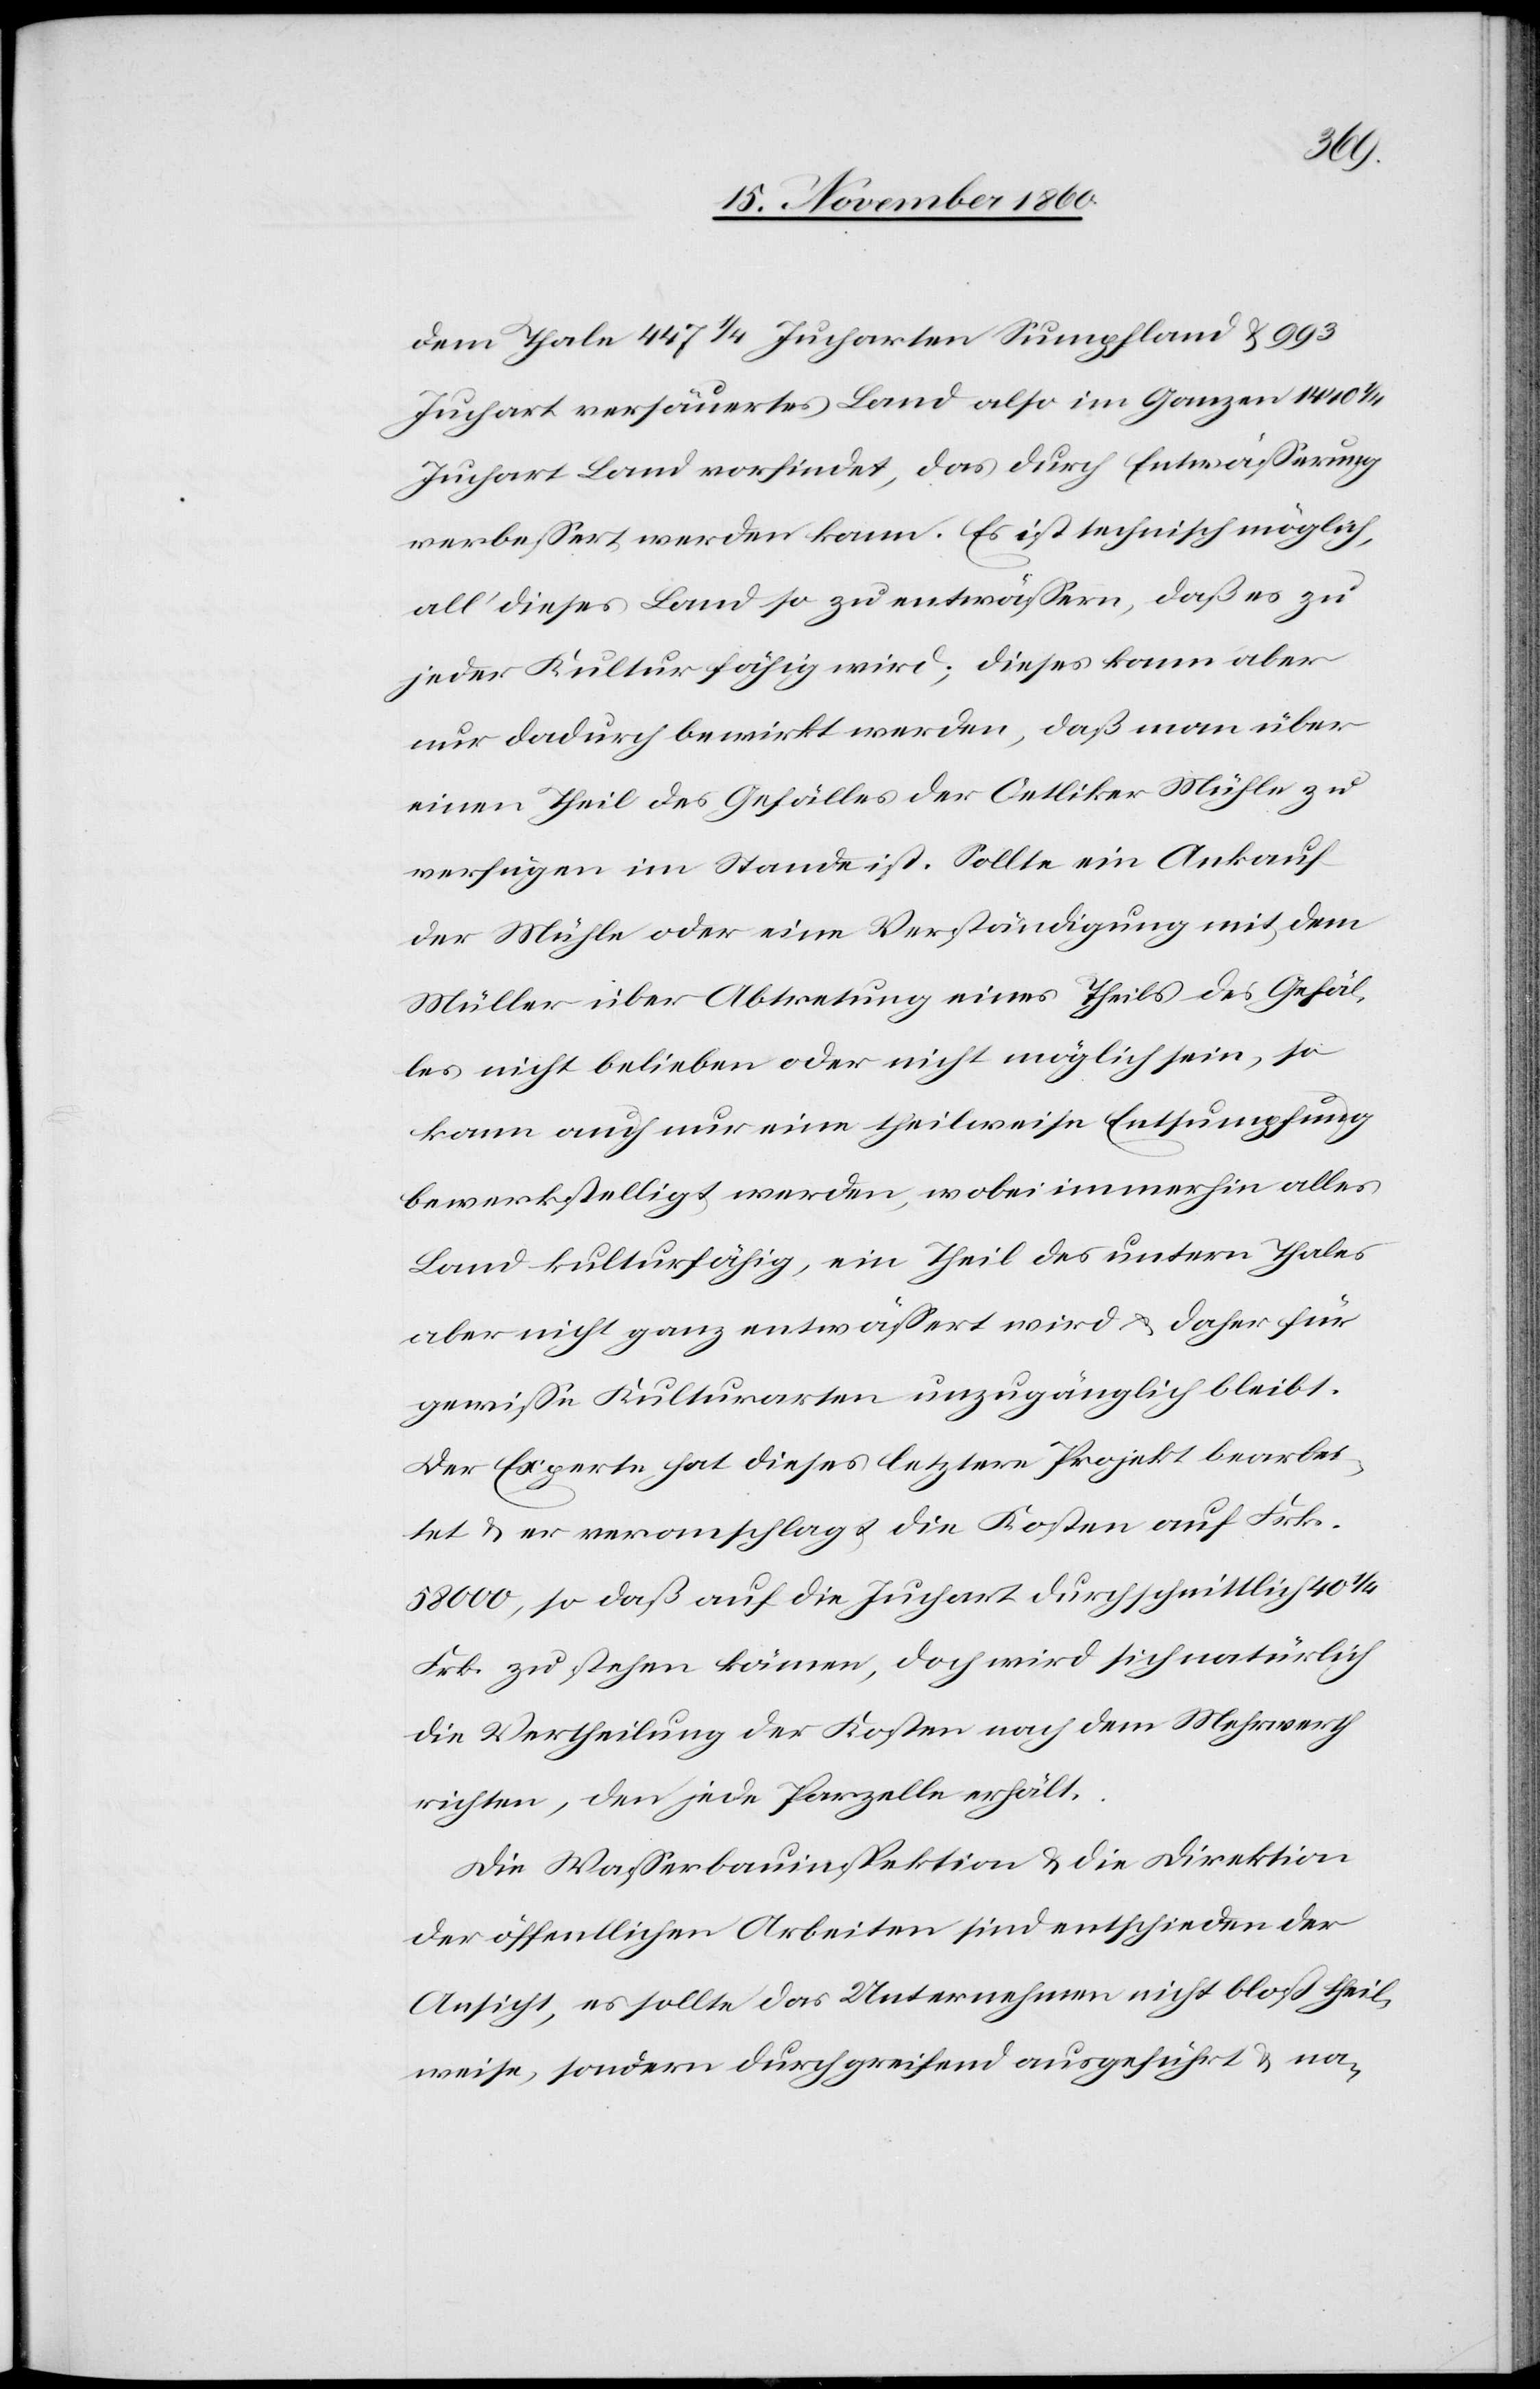
dem Thale 447 1/4 Jucharten Sumpfland u. 993
Juchart versäuertes Land also im Ganzen 1440
Juchart Land vorfindet, das durch Entwässerung
verbessert werden kann. Es ist technisch möglich,
all dieses Land so zu entwässern, daß es zu
jeder Kultur fähig wird; dieses kann aber
nur dadurch bewirkt werden, daß man über
einen Theil des Gefälles der Oetliker Mühle zu
verfügen im Stande ist. Sollte ein Ankauf
der Mühle oder eine Verständigung mit dem
Müller über Abtretung eines Theils des Gefäl¬
les nicht belieben oder nicht möglich sein, so
kann auch nur eine theilweise Entsumpfung
bewerkstellig werden, wobei immerhin alles
Land kulturfähig, ein Theil des untern Thales
aber nicht ganz entwässert wird u. daher für
gewisse Kulturarten unzugänglich bleibt.
Der Experte hat dieses letztere Projekt bearbei¬
tet u. er veranschlagt die Kosten auf Frk.
58 000, so daß auf die Juchart durchschnittlich 40
Frk. zu stehen kämen, doch wird sich natürlich
die Vertheilung der Kosten nach dem Mehrwerth
richten, den jede Parzelle erhält.
Die Wasserbauinspektion u. die Direktion
der öffentlichen Arbeiten sind entschieden der
Ansicht, es sollte das Unternehmen nicht bloß theil¬
weise, sondern durchgreifend ausgeführt u. na-